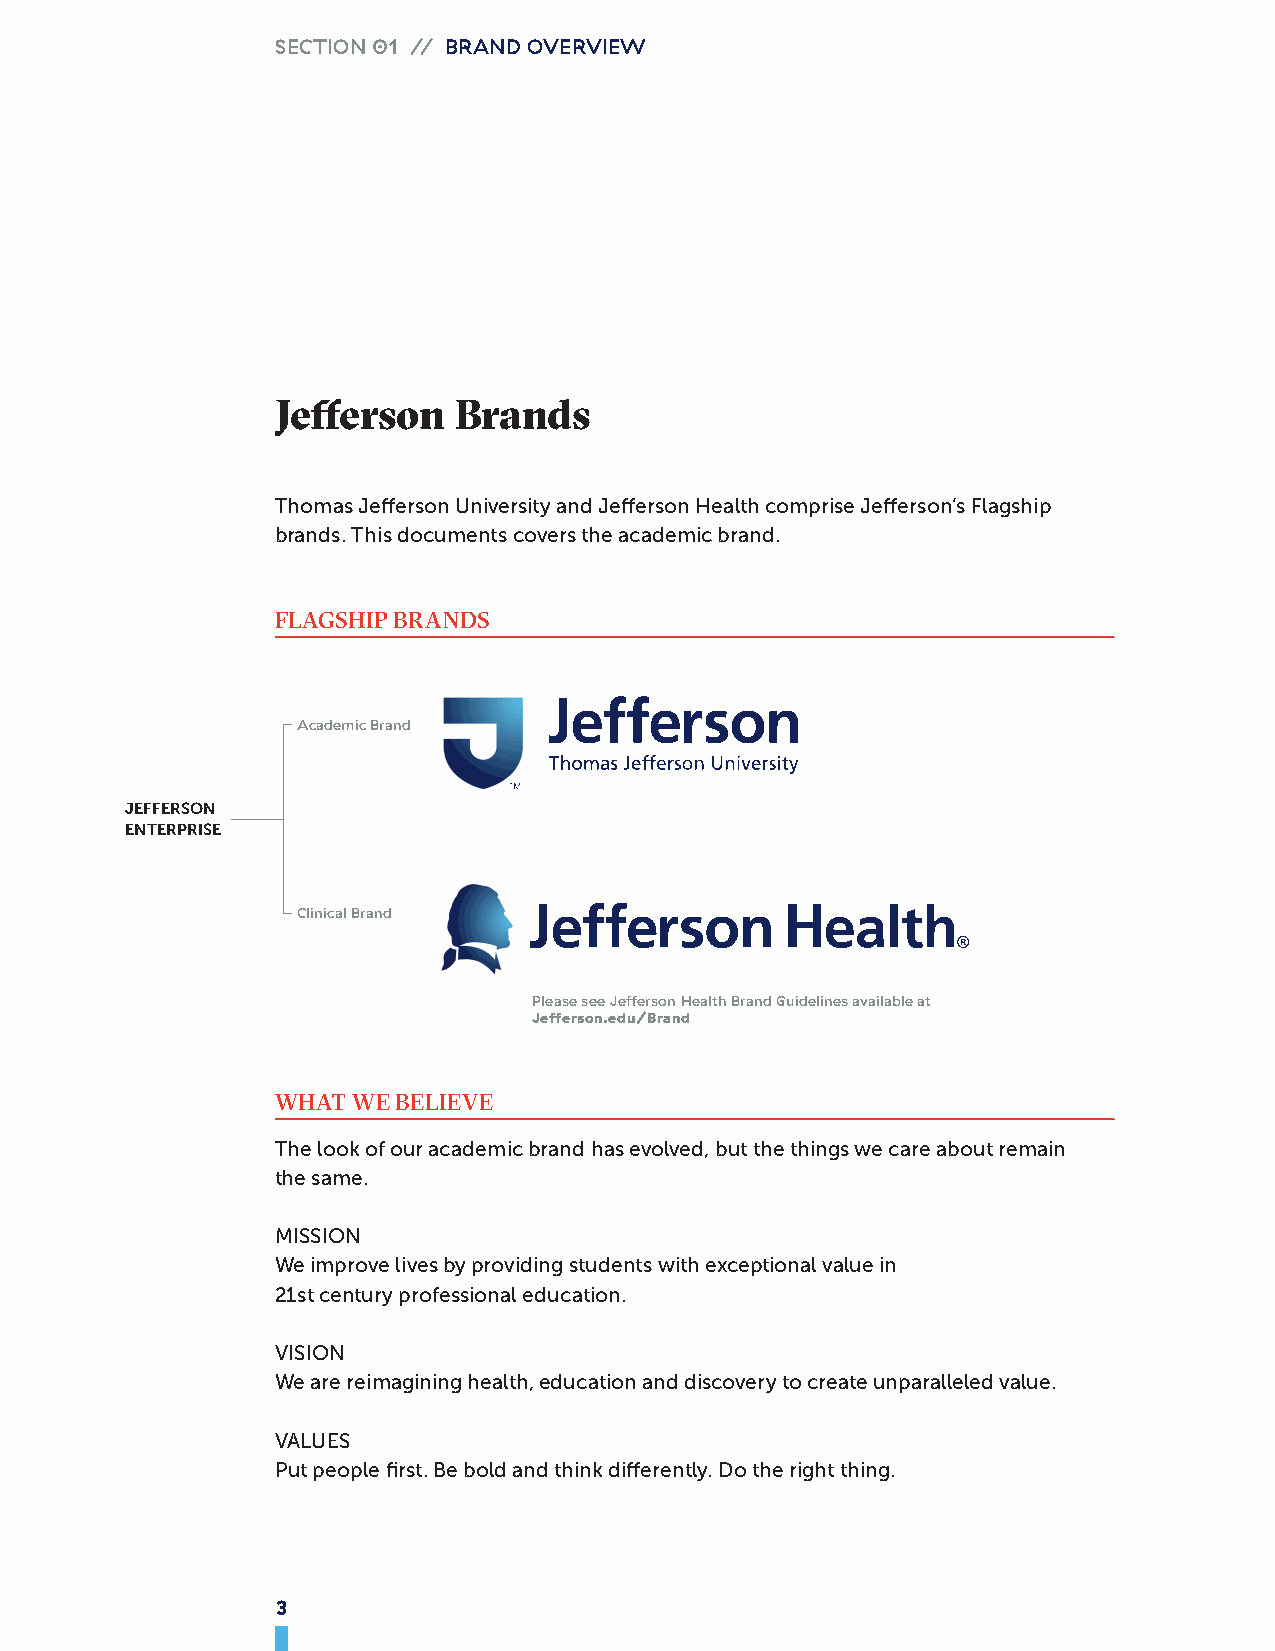
SECTION 01 // BRAND OVERVIEW
 Jefferson   Brands
 Thomas Jefferson University and Jefferson Health comprise Jefferson’s Flagship
 brands. This documents covers the academic brand.
 FLAGSHIP BRANDS
 Academic Brand
 JEFFERSON
 ENTERPRISE
 Clinical Brand
 Please see Jefferson Health Brand Guidelines available at
 Jefferson.edu/Brand
 WHAT WE BELIEVE
 The look of our academic brand has evolved, but the things we care about remain
 the same.
 MISSION
 We improve lives by providing students with exceptional value in
 21st century professional education.
 VISION
 We are reimagining health, education and discovery to create unparalleled value.
 VALUES
 Put people first. Be bold and think differently. Do the right thing.
 3